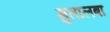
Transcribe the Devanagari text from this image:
मुतालबा